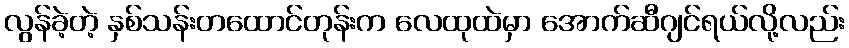
လွန်ခဲ့တဲ့ နှစ်သန်းတထောင်တုန်းက လေထုထဲမှာ အောက်ဆီဂျင်ရယ်လို့လည်း